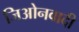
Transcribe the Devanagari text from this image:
जिओनवादी